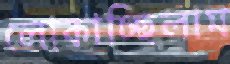
লোকাচ্ছিলাম